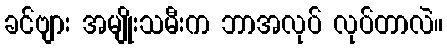
ခင်ဗျား အမျိုးသမီးက ဘာအလုပ် လုပ်တာလဲ။